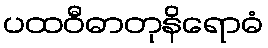
ပထဝီဓာတုနိရောဓံ